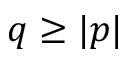
q \geq | p |